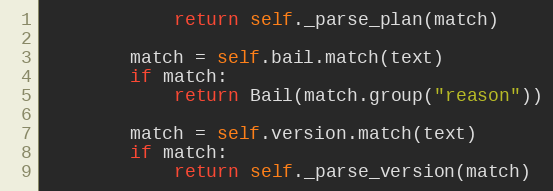
Language: Python
            return self._parse_plan(match)

        match = self.bail.match(text)
        if match:
            return Bail(match.group("reason"))

        match = self.version.match(text)
        if match:
            return self._parse_version(match)